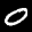
Label: 0